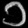
Digit: ၁